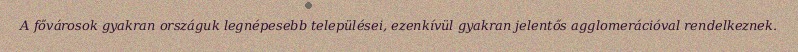
A fővárosok gyakran országuk legnépesebb települései, ezenkívül gyakran jelentős agglomerációval rendelkeznek.